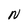
Character: N